Vital statistics of India. Vol. IV, Annual returns from 1871 to 1876. British Army of India, Native Army and jails of Bengal
Year: 1871
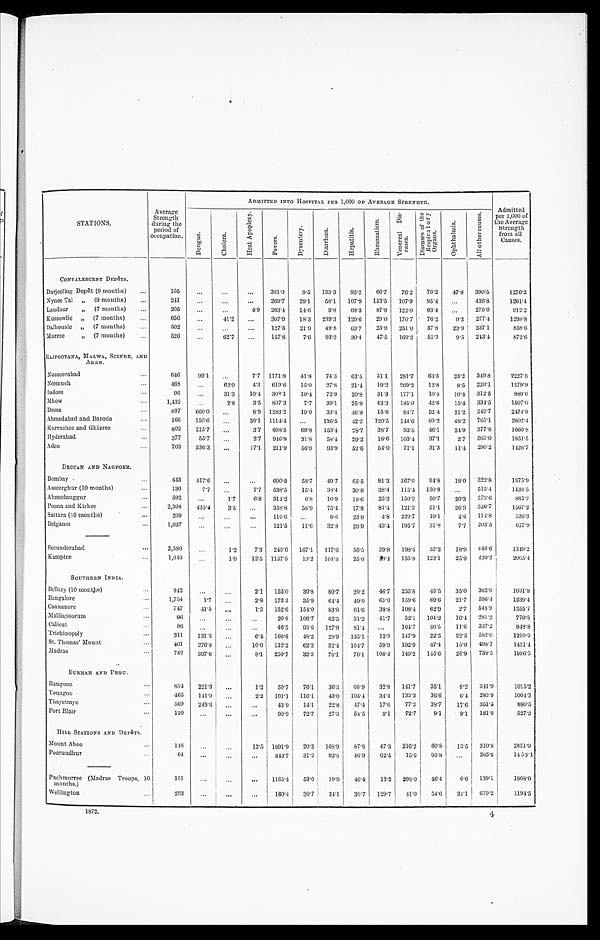
STATIONS.
ADMITTED INTO HOSPITAL PER 1,000 OF AVERAGE STRENGTH.
Admitted
per 1,000 of
the Average
Strength
from all
Causes.
Average
Strength
during the
period of
occupation.
D e n g u e
C h o l e r a .
H e a t
A p o p l e x y .
F e v e r s .
D y s e n t e r y .
D i a r r h œ a .
H e p a t i t i s .
R h e u m a t i s m .
V e n e r a l D i s e a s e s .
Di s e a s e s o f t h e R e s p i r a t o r y o r g a n s .
O p h t h a l m i a .
A l l o t h e r c a u s e s .
CONVALESCENT DEPôTS.
Darjeeling Depôt (9 mouths)
...
105
. . .
. . .
. . . 381.0
9.5
133.3
95.2
66.7
76.2
76.2
47.6
390.5
1276.2
Nynee Tal
,,
(9 months)
...
2 4 1
. . .
...
. . .
269.7
29.1
58.1
107.9
153.5
107.9
95.4
. . . 439.8
1 2 6 1 . 4
Landour
,,
(7 months)
. . .
205
...
...
4.9 263.4
14.6
9.8
68.3
87.8
122.0
63.4
...
278.0
212.2
Kussowlie
,,
(7 months)
...
656
. . .
41.2
...
307.9
18.3
239.3
129.6
29.0
170.7
76.2
9.2
277.4
1 2 9 8 . 8
Dalhousie
,, (7 months)
502
. . .
. . .
. . .
127.5
21.9
49.8
63.7
25.9
251.0
57.8
23.9
237.1
8 5 8 . 6
Murree
,,
(7 months)
526
...
62.7
. . . 157.8
7.6
93.2
30.4
47.5
169.2
51.3
9.5
243.4
8 7 2 . 6
RAJPOOTANA . , MALWA, SCINDE, AND
ADEN.
Nusseerabad
6 4 6
99.1
. . .
7.7 1171.8
41.8
74.3
63.5
51.1
281.7
63.5
23.2
349.8
2227. 5
Neemuch
468
...
62.0
4.3
619.6
15.0
27.8
21.4
19.2
269.2
12.8
8.5
220.1
1279.9
lndore
96
. . .
31.3
10.4
309.1
10.4
72.9
20.8
31.3
177.1
10.4
10.4
312.5
989.6
Mhow
1,432
. . .
2.8
3.5
807.3
7.7
39.1
25.8
43.3
185.0
42.6
15.4
334.5
1507.0
Deesa
897
660.0
. . .
8.9 1283.2
19.0
33.4
46.8
15.6
84.7
52.4
21.2
249.7
2474.9
Ahmedabad and Baroda
...
166
150.6
. . .
I„,
30.1 1114.4
...
126.5
42.2
120.5
144.6
60.2
48.2
765.1
2602. 4
Kurrachee and Ghizree
...
802
215.7
...
3.7
608.5
69.8
153.4
28.7
38.7
93.5
46.1
24.9
377.8
1660. 8
Ilyderabad
377
55.7
. . .
2.7
916.9
31.8
58.4
29.2
18.6
103.4
37.1
2.7
565.0
1851.5
Aden
703
536.3
. . .
17.1
211.9
56.9
93.9
52.6
54.0
71.1
31.3
11.4
290.2
1426.7
DECCAN AND NAGPORE.
Bombay
443
417.6
. . .
. . .
600.5
58.7
49.7
65.5
81.3
167.0
94.8
18.0
322.8
1875.9
Asseerghar (10 months)
130
7.7
. . .
7.7
538.5
15.4
38.4
30.8
38.4
115.4
130.8
. . .
515.4
1438.5
Ahmednuggur
592
...
1.7
6.8
314.2
6.8
16.9
18.6
25.3
150.3
50.7
20.3
2 7 3 . 6
885.2
Poona and Kirkee
...
2,308
4 3 5 . 4
3.5
...
358.8
58.9
75.4
17.8
81.4
121.3
51.1
26.9
3 3 6 . 7
1567.2
Sattara (10 months)
. . .
20
. . .
...
...
119.6
...
9.6
23.9
4.8
229.7
19.1
4.8
114.8
526.3
Belgaum
1,03
. . .
. . .
. . .
121.5
11.6
32.8
29.9
43.4
195.7
31.8
7.7
203.5
677.9
Secunderabad
. ..
2,58
...
1.2
7.3
243.6
167.1
117.6
56.5
39.8
193.4
52.2
18.9
4 4 6 . 6
1349.2
Kamptee
. . .
1,040
. . .
1.0
12.5
1137.5
19.2
104.8
25.0
40.4
155.8
123.1
25.9
420.2
2065. 4
SOUTHERN INDIA,
Bellary (10 months)
942
. . .
. . .
2.1
155.0
30.8
80.7
20.2
46.7
255.8
43.5
35.0
362.0
1031.8
Bangalore
1,754
1.7
. . .
2 . 8
1 7 3 . 3
35.9
64.4
49.0
65.0
159.6
69.6
21.7
596.4
1239.4
Cannanore
747
41.5
. . .
1 . 3
152.6
154.0
83.0
61.6
38.8
108.4
62.9
2.7
548.9
1255.7
Malliapoorum
96
...
...
. . .
20.8
166.7
62.5
31.2
41.7
52.1
104.2
10.4
2 8 1 . 2
770.8
Calicut
8 6
...
...
. . .
46.5
93.0
127.9
81.4
. . .
104.7
46.5
11.6
337.2
818.8
T richinopoly
311
131.8
...
6 . 4
160.8
48.2
28.9
135.1
12.9
147.9
22.5
22.5
582.0
1299.0
St. Thomas' Mount
401
276.8
...
10.0
132.2
62.3
32.4
104.7
59.9
192.0
47.4
15.0
498.7
1431.4
Madras
...
742
397.6
. . .
8 . 1
250.7
32.3
70.1
70.1
106.4
140.2
145.6
26.9
738.5
1986.5
BURMAII AND PEGU.
Rangoon
. . .
854
221.3
...
1 . 2
59.7
76.1
36.3
60.9
32.8
141.7
35.1
8 . 2
3 4 1 . 9
1015.2
Toungoo
. . .
465
141.9
. . .
2 . 2
1 0 1 . 1
116.1
43.0
105.4
34.4
133.3
36.6
6 . 4
283.9
1004.3
Thayetmyo
569
249.6
. . .
...
43.9
14.1
22.8
4 7 . 4
17'6
77.3
38.7
1 7 . 6
351'S
880.5
Port Blair
110
...
...
....
90.9
72.7
27.3
5 4 . 5
9 . 1
72.7
9 . 1
9.1
1 8 1 . 8
5 2 7 . 2
HILL STATIONS AND DEPôTS.
Mount Aboo
148
. . .
. . .
1 3 . 5
1 8 9 1 . 9
2 0 . 3
1 6 8 . 9
8 7 . 8
4 7 . 3
2 1 6 . . 2
6 0 . 8 1 3 . 5
3 1 0 . 8
2 8 3 1 . 0
Poorundhur
64
...
...
...
843.7
3 1 . 2
9 3 . 8
4 6 . 9
6 2 . 5
1 5 . 6
93.8
. . .
2 6 5 . 6
1 4 5 3 . 1
Puchmurree (Madras Troops,
1 0 m o n t h s . )
1 5 1
. . .
. . .
. . .
1 1 8 5 . 4
5 3 . 0
1 9 . 9
4 6 . 4
1 3 . 2
2 9 8 . 0
46.4
6 . 6
1 3 9 . 1
1808.0
Wellington
293
. . .
. . .
. . .
160.4
3 0 . 7
3 4 . 1
3 0 . 7
1 2 9 . 7
4 1 . 0
54.6
3 4 . 1
6 7 9 . 2
1 1 9 4 . 5
1872.